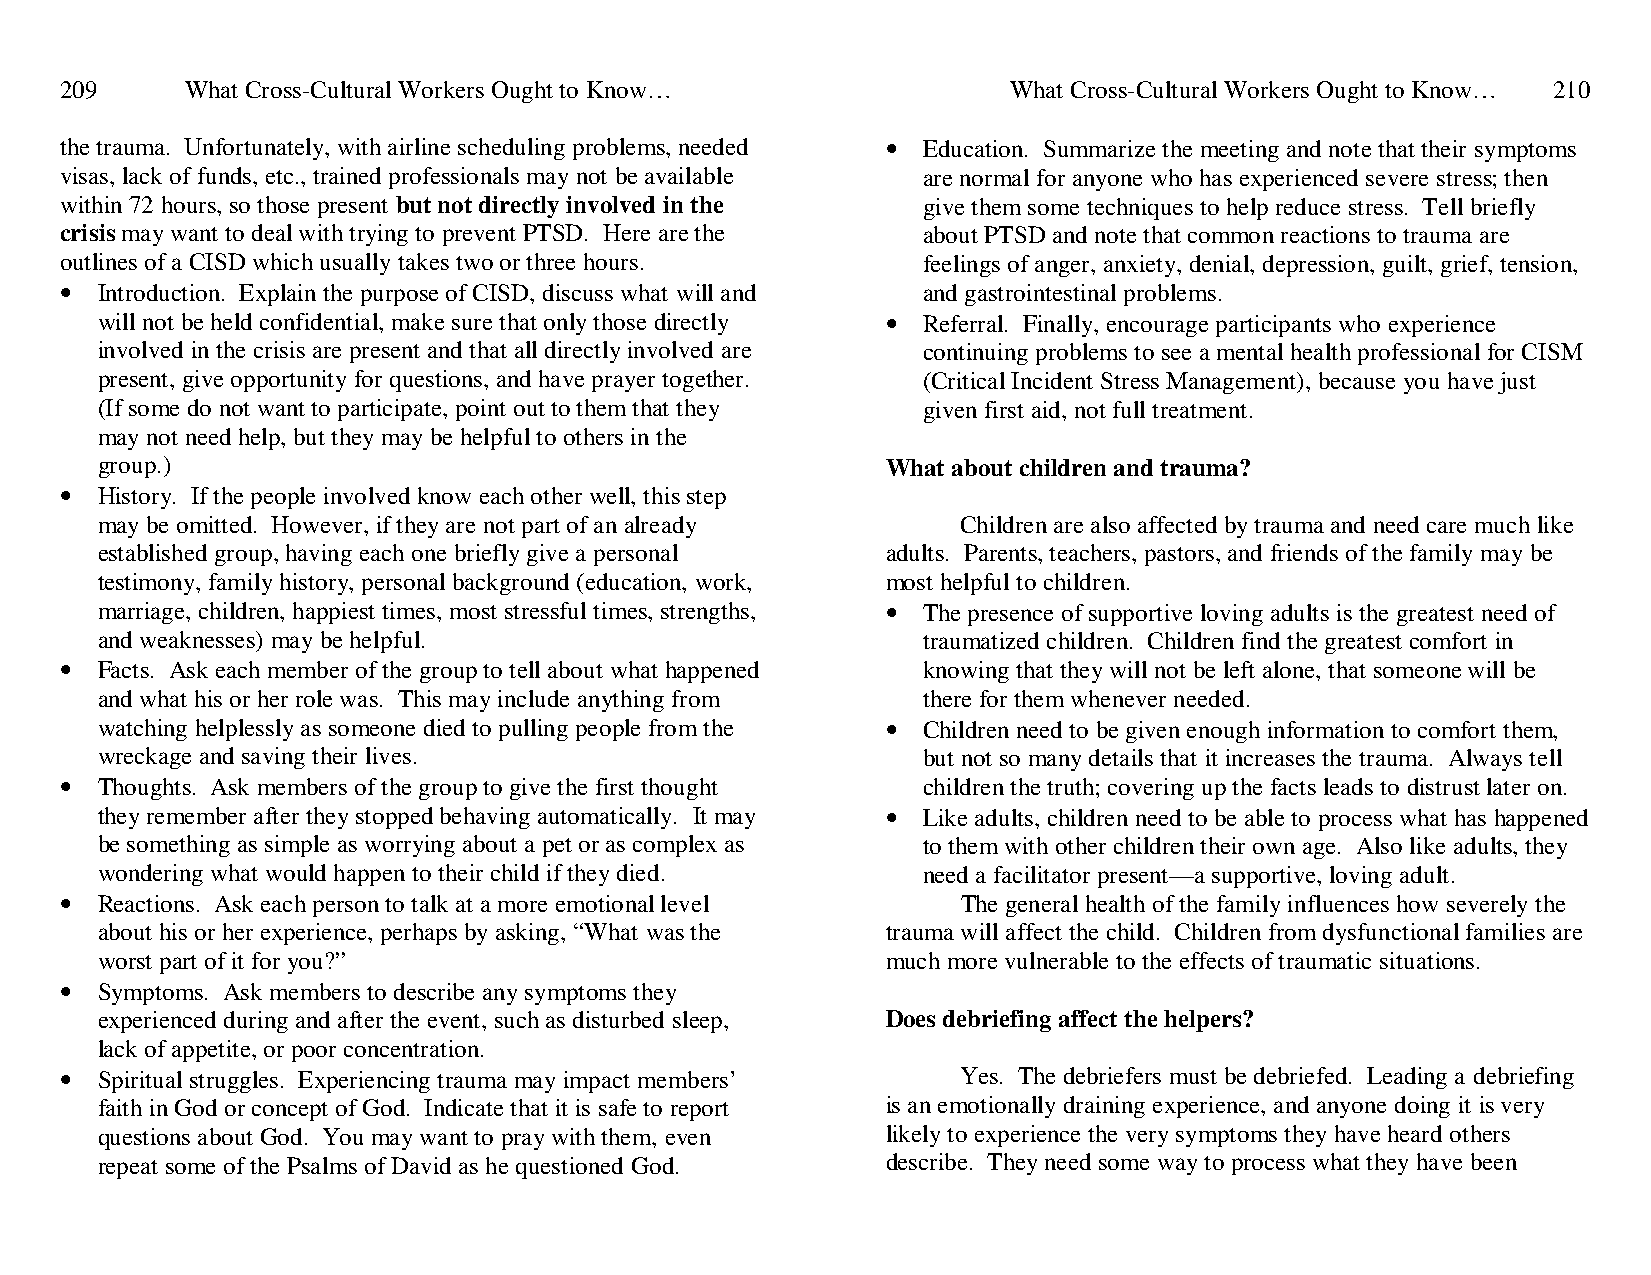
209     What Cross-Cultural Workers Ought to Know…             What Cross-Cultural Workers Ought to Know… 210
 the trauma. Unfortunately, with airline scheduling problems, needed • Education. Summarize the meeting and note that their symptoms
 visas, lack of funds, etc., trained professionals may not be available are normal for anyone who has experienced severe stress; then
 within 72 hours, so those present but not directly involved in the give them some techniques to help reduce stress. Tell briefly
 crisis may want to deal with trying to prevent PTSD. Here are the about PTSD and note that common reactions to trauma are
 outlines of a CISD which usually takes two or three hours. feelings of anger, anxiety, denial, depression, guilt, grief, tension,
 • Introduction. Explain the purpose of CISD, discuss what will and and gastrointestinal problems.
 will not be held confidential, make sure that only those directly • Referral. Finally, encourage participants who experience
 involved in the crisis are present and that all directly involved are continuing problems to see a mental health professional for CISM
 present, give opportunity for questions, and have prayer together. (Critical Incident Stress Management), because you have just
 (If some do not want to participate, point out to them that they given first aid, not full treatment.
 may not need help, but they may be helpful to others in the
 group.)                                              What about children and trauma?
 • History. If the people involved know each other well, this step
 may be omitted. However, if they are not part of an already Children are also affected by trauma and need care much like
 established group, having each one briefly give a personal adults. Parents, teachers, pastors, and friends of the family may be
 testimony, family history, personal background (education, work, most helpful to children.
 marriage, children, happiest times, most stressful times, strengths, • The presence of supportive loving adults is the greatest need of
 and weaknesses) may be helpful.                        traumatized children. Children find the greatest comfort in
 • Facts. Ask each member of the group to tell about what happened knowing that they will not be left alone, that someone will be
 and what his or her role was. This may include anything from there for them whenever needed.
 watching helplessly as someone died to pulling people from the • Children need to be given enough information to comfort them,
 wreckage and saving their lives.                       but not so many details that it increases the trauma. Always tell
 • Thoughts. Ask members of the group to give the first thought children the truth; covering up the facts leads to distrust later on.
 they remember after they stopped behaving automatically. It may • Like adults, children need to be able to process what has happened
 be something as simple as worrying about a pet or as complex as to them with other children their own age. Also like adults, they
 wondering what would happen to their child if they died. need a facilitator present—a supportive, loving adult.
 • Reactions. Ask each person to talk at a more emotional level The general health of the family influences how severely the
 about his or her experience, perhaps by asking, “What was the trauma will affect the child. Children from dysfunctional families are
 worst part of it for you?”                           much more vulnerable to the effects of traumatic situations.
 • Symptoms. Ask members to describe any symptoms they
 experienced during and after the event, such as disturbed sleep, Does debriefing affect the helpers?
 lack of appetite, or poor concentration.
 • Spiritual struggles. Experiencing trauma may impact members’ Yes. The debriefers must be debriefed. Leading a debriefing
 faith in God or concept of God. Indicate that it is safe to report is an emotionally draining experience, and anyone doing it is very
 questions about God. You may want to pray with them, even likely to experience the very symptoms they have heard others
 repeat some of the Psalms of David as he questioned God. describe. They need some way to process what they have been